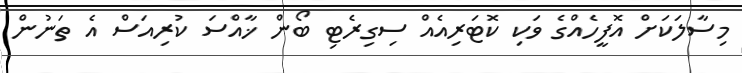
މިސާލަކަށް އޮފީހެއްގެ ވަކި ކޮޓަރިއެއް ސިގިރެޓި ބޯން ޚާއްސަ ކުރިއަސް އެ ތަނުން